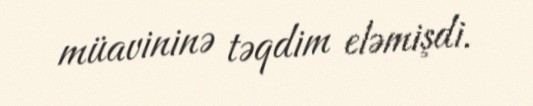
müavininə təqdim eləmişdi.